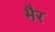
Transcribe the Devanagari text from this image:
भैर